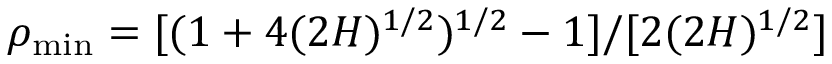
\rho _ { \mathrm { m i n } } = [ ( 1 + 4 ( 2 H ) ^ { 1 / 2 } ) ^ { 1 / 2 } - 1 ] / [ 2 ( 2 H ) ^ { 1 / 2 } ]